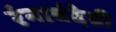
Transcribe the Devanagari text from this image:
रंनाबंदेय्री